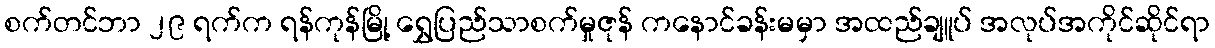
စက်တင်ဘာ ၂၉ ရက်က ရန်ကုန်မြို့ ရွှေပြည်သာစက်မှုဇုန် ကနောင်ခန်းမမှာ အထည်ချူပ် အလုပ်အကိုင်ဆိုင်ရာ